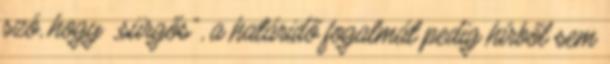
szó, hogy „sürgős”, a határidő fogalmát pedig hírből sem